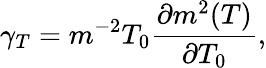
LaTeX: \gamma_{T}=m^{-2}T_{0}\frac{\partial m^{2}(T)}{\partial T_{0}},